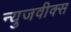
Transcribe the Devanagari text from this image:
न्युजवीक्स